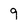
Character: 9